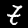
Digit: 7